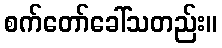
စက်တော်ခေါ်သတည်း။